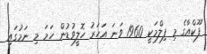
ފޫކްއާގެ މި ފިލްމަކީ 1960 ވަނަ އަހަރު ހޮލީވުޑުން ހަމަ މި ނަމުގައި